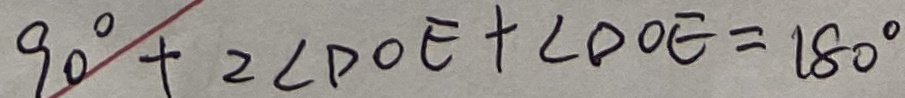
9 0 ^ { \circ } + 2 \angle D O E + \angle D O E = 1 8 0 ^ { \circ }